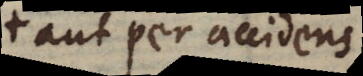
aut per accidens